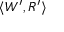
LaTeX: \langle W ^ { \prime } , R ^ { \prime } \rangle